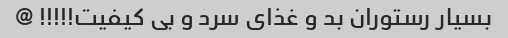
بسیار رستوران بد و غذای سرد و بی کیفیت!!!!! @